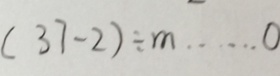
( 3 7 - 2 ) \div m \cdots 0